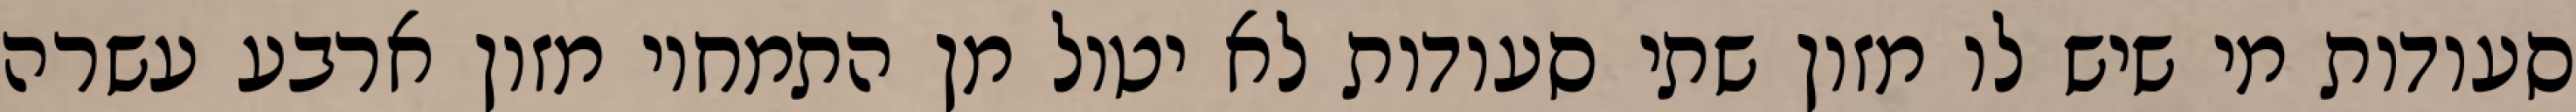
סעודות מי שיש לו מזון שתי סעודות לא יטול מן התמחוי מזון ארבע עשרה